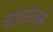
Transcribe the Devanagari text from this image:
चाइकौव्स्की